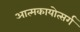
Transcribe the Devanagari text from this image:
आत्मकायोत्सर्ग